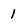
Character: 1